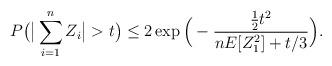
LaTeX: \begin{align*}P\big( \big|\sum_{i=1}^n Z_i\big| >t\big) \leq 2 \exp\Big(-\frac{\tfrac 12 t^2}{nE[Z_1^2]+t/3}\Big).\end{align*}